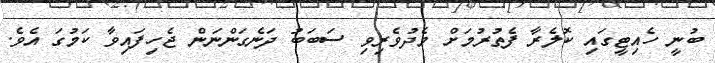
ބުނީ ހެއިޓީގައި ކޮލެރާ ފެތުރުމަށް މެދުވެރިވި ސަބަބު ދަނެގަންނަން ޖެހިފައިވާ ކަމުގަ އެވެ.